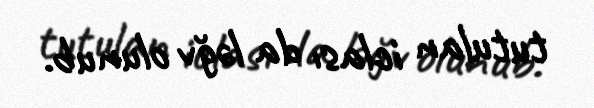
tutulan iclası da ləğv olunub.